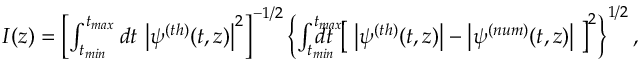
\begin{array} { r l r } & { } & { I ( z ) = \left[ \int _ { t _ { m i n } } ^ { t _ { m a x } } d t \, \left| \psi ^ { ( t h ) } ( t , z ) \right| ^ { 2 } \right] ^ { - 1 / 2 } \left\{ \int _ { t _ { m i n } } ^ { t _ { m a x } } \! \! \! \! \! \! \! \! \! d t \, \left[ \; \left| \psi ^ { ( t h ) } ( t , z ) \right| - \left| \psi ^ { ( n u m ) } ( t , z ) \right| \; \right] ^ { 2 } \right\} ^ { 1 / 2 } , } \end{array}